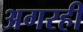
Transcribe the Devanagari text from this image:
अगरही